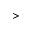
>